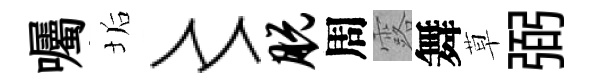
囑垢〻脱周露舞草弼